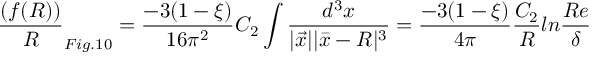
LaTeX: \frac { ( f ( R ) ) } { R } _ { F i g . 1 0 } = \frac { - 3 ( 1 - \xi ) } { 1 6 \pi ^ { 2 } } C _ { 2 } \int \frac { d ^ { 3 } x } { | \vec { x } | | \bar { x } - R | ^ { 3 } } = \frac { - 3 ( 1 - \xi ) } { 4 \pi } \frac { C _ { 2 } } { R } l n \frac { R e } { \delta }